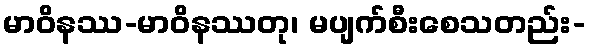
မာဝိနဿ-မာဝိနဿတု၊ မပျက်စီးစေသတည်း-